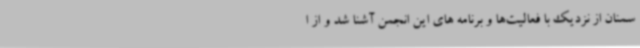
سمنان از نزدیک با فعالیت‌ها و برنامه های این انجمن آشنا شد و از ا